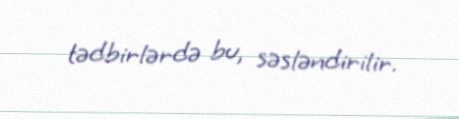
tədbirlərdə bu, səsləndirilir.